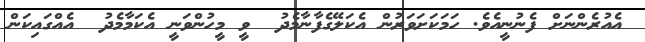
އެއުރެންނަށް ފެނުނީއެވެ. ހަމަކަށަވަރުން އެކަލޭގެފާނާމެދު  ވީ މީހުންވަނީ އެކަމާމެދު  އެއްގައިކަން